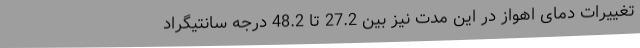
تغییرات دمای اهواز در این مدت نیز بین 27.2 تا 48.2 درجه سانتیگراد